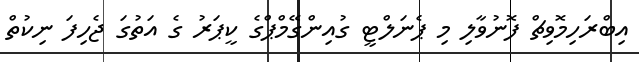
އިބްރަހިމޮވިޗް ފޮނުވާލި މި ޕެނަލްޓީ ގުއިންގޭމްޕްގެ ކީޕަރު ގެ އަތުގަ ޖެހިފަ ނިކުތް